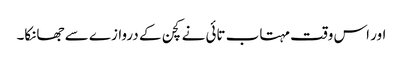
اور اس وقت مہتاب تائی نے کچن کے دروازے سے جھانکا۔